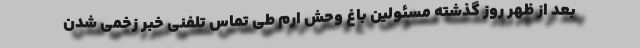
بعد از ظهر روز گذشته مسئولین باغ وحش ارم طی تماس تلفنی خبر زخمی شدن